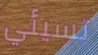
تسيئي